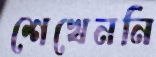
শেখেননি